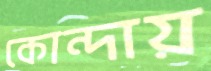
কোন্দায়